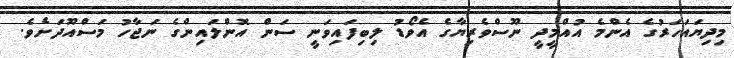
މިދިޔައަހަރުގެ އެންމެ އުއްމީދީ ނޫސްވެރިޔާގެ އެވޯޑު ލިބިފައިވަނީ ސަން އޮންލައިންގެ ނަޖާހު މަސްއޫދަށެވެ.